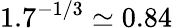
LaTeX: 1.7^{-1/3}\simeq 0.84